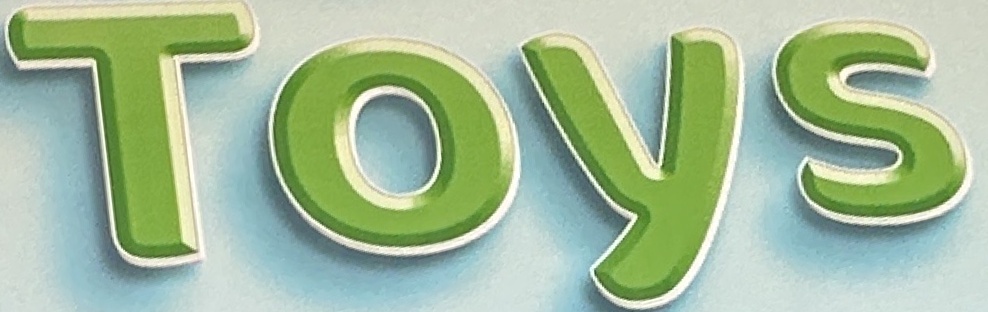
Toys